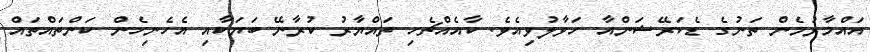
އައްމާރުމެން ތަނުގެ ޑެކަރޭޝަންއާ ހަވާލުވިއެވެ. ކާއެއްޗެހި ތައްޔާރު ކުރާނޭ ބަޔަކާއި އެހެނިހެން ކަންތައްތައް